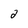
Character: 2